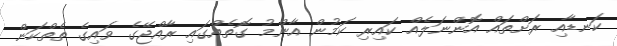
ކަނޑާއި ރަށްތައް އޮންނަލެއް ކައިރި ކަމުން އާންމު ގޮތެއްގައި ރާއްޖޭގެ ވައިގެ ތެތްކަން